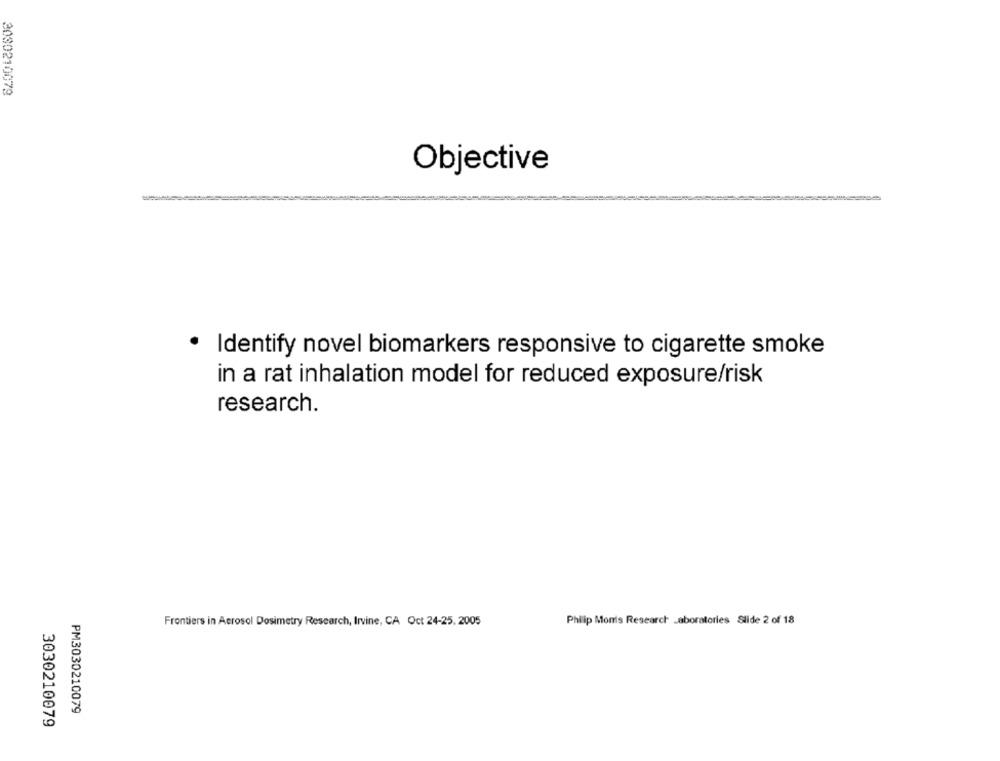
3030210079
Objective
Identify novel biomarkers responsive to cigarette smoke
in a rat inhalation model for reduced exposure/risk
research.
Frontiers in Aerosol Dosimetry Research, Irvine, CA Oct 24-25, 2005
Philip Monis Research Laboratories Slide 2 of 18
PM3030210079
3030210079